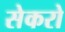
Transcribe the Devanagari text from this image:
सेकरो